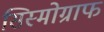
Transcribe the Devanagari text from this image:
सिस्मोग्राफ